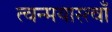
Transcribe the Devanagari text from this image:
त्वन्मयास्त्वाँ